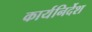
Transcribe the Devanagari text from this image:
कार्यनिर्देश